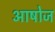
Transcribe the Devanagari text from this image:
आषोज